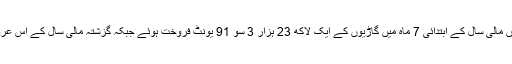
پاکستان آٹوموٹوو مینوفکچررز ایسوسی ایشن (پاما) کے مطابق رواں مالی سال کے ابتدائی 7 ماہ میں گاڑیوں کے ایک لاکھ 23 ہزار 3 سو 91 یونٹ فروخت ہوئے جبکہ گزشتہ مالی سال کے اس عرصے میں ایک لاکھ 23 ہزار 3 سو 56 یونٹ فروخت ہوئے تھے۔